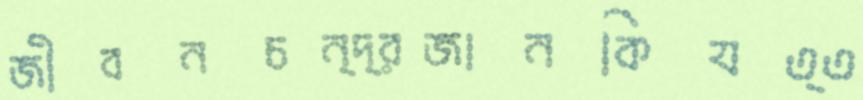
জীবনচন্দ্রজানকিযত্ত